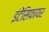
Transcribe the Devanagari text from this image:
इंटेंसिफायर